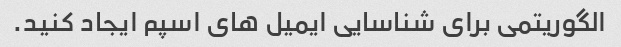
الگوریتمی برای شناسایی ایمیل های اسپم ایجاد کنید.